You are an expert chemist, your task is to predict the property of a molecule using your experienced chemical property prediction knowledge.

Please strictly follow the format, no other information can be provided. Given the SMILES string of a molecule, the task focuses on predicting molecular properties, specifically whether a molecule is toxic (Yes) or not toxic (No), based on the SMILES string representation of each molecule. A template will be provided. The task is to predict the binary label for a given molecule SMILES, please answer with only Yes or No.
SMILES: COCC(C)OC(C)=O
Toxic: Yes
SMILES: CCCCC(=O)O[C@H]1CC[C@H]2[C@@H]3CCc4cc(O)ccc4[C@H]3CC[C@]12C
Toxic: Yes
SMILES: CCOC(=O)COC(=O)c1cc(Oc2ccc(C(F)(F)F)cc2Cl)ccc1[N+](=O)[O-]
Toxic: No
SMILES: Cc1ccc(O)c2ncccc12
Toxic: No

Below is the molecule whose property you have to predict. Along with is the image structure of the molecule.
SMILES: CNCCCC12CCC(c3ccccc31)c1ccccc12
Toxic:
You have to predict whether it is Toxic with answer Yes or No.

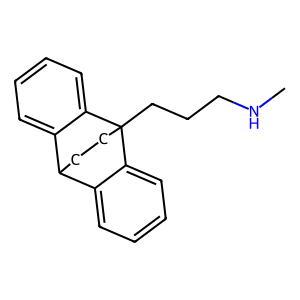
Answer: No